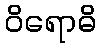
ဝိရောဓိ